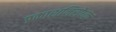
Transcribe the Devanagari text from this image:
प्रकाशनिरोधक